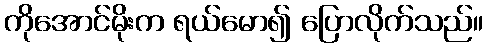
ကိုအောင်မိုးက ရယ်မော၍ ပြောလိုက်သည်။